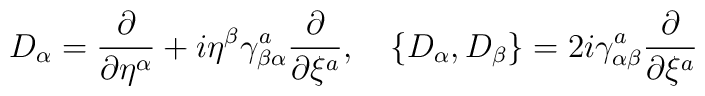
D_\alpha={\partial\over{\partial\eta^\alpha}}+i\eta^\beta\gamma^a_{\beta\alpha}{\partial\over{\partial\xi^a}}, \quad\{D_\alpha,D_\beta\}=2i\gamma^a_{\alpha\beta}{\partial\over{\partial\xi^a}}